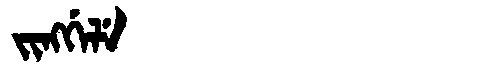
Manchu: ᠵᡳᠩᡤᡝᠯᡝ
Romanization: JINGGELE